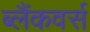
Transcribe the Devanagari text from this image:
ब्लैंकवर्स